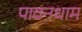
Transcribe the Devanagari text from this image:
पावनधाम